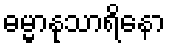
ဓမ္မာနုသာရိနော